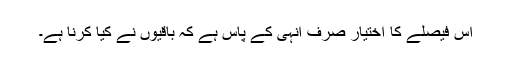
اس فیصلے کا اختیار صرف انہی کے پاس ہے کہ باقیوں نے کیا کرنا ہے۔